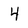
Character: 4